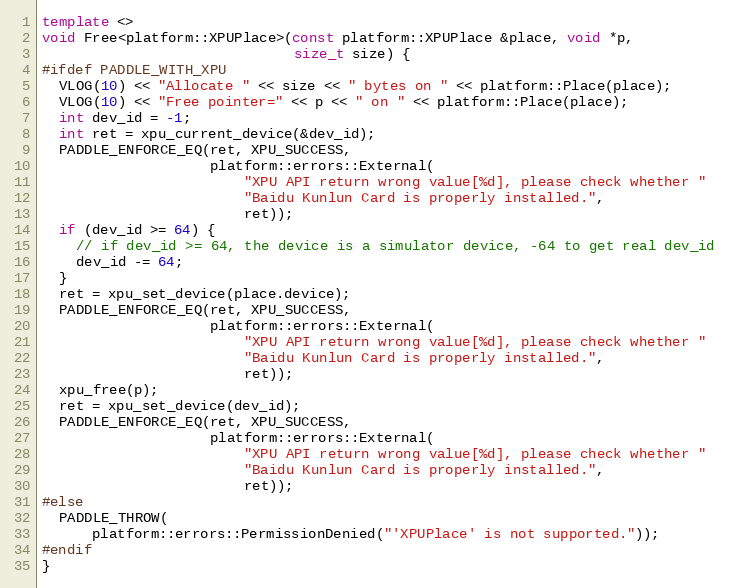
Language: C++
template <>
void Free<platform::XPUPlace>(const platform::XPUPlace &place, void *p,
                              size_t size) {
#ifdef PADDLE_WITH_XPU
  VLOG(10) << "Allocate " << size << " bytes on " << platform::Place(place);
  VLOG(10) << "Free pointer=" << p << " on " << platform::Place(place);
  int dev_id = -1;
  int ret = xpu_current_device(&dev_id);
  PADDLE_ENFORCE_EQ(ret, XPU_SUCCESS,
                    platform::errors::External(
                        "XPU API return wrong value[%d], please check whether "
                        "Baidu Kunlun Card is properly installed.",
                        ret));
  if (dev_id >= 64) {
    // if dev_id >= 64, the device is a simulator device, -64 to get real dev_id
    dev_id -= 64;
  }
  ret = xpu_set_device(place.device);
  PADDLE_ENFORCE_EQ(ret, XPU_SUCCESS,
                    platform::errors::External(
                        "XPU API return wrong value[%d], please check whether "
                        "Baidu Kunlun Card is properly installed.",
                        ret));
  xpu_free(p);
  ret = xpu_set_device(dev_id);
  PADDLE_ENFORCE_EQ(ret, XPU_SUCCESS,
                    platform::errors::External(
                        "XPU API return wrong value[%d], please check whether "
                        "Baidu Kunlun Card is properly installed.",
                        ret));
#else
  PADDLE_THROW(
      platform::errors::PermissionDenied("'XPUPlace' is not supported."));
#endif
}